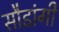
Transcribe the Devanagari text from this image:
सौडांगी